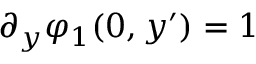
\partial _ { y } \varphi _ { 1 } ( 0 , y ^ { \prime } ) = 1